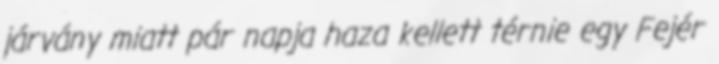
járvány miatt pár napja haza kellett térnie egy Fejér